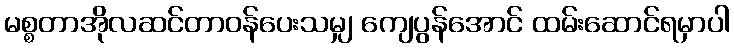
မစ္စတာအိုလဆင်တာဝန်ပေးသမျှ ကျေပွန်အောင် ထမ်းဆောင်ရမှာပါ